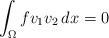
LaTeX: \begin{align*} \int_\Omega f v_1 v_2\, dx=0\end{align*}